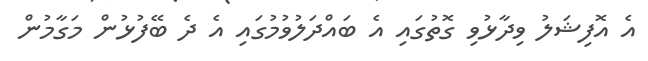
އެ އޮފިޝަލު ވިދާޅުވި ގޮތުގައި އެ ބައްދަލުވުމުގައި އެ ދެ ބޭފުޅުން މަގާމުން